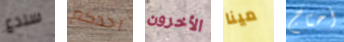
سندع احدكم الأخرون مينا أحتاج